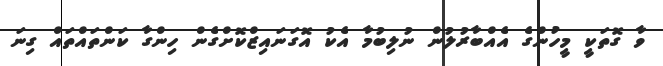
ވާ ގޮތަކީ މީހުންގެ އެއްބާރުލުން ނުލިބުމާ އެކު އޮގަނައިޒްކޮށްގެން ހިންގާ ކަންތައްތައް ގިނަ